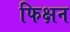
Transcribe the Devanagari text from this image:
फिक्षन